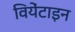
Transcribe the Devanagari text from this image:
वियेंटाइन